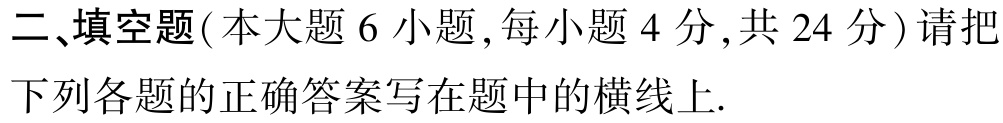
二、填空题(本大题 6 小题,每小题 4 分,共 24 分) 请把下列各题的正确答案写在题中的横线上.